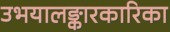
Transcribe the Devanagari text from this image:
उभयालङ्कारकारिका